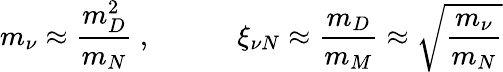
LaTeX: m_{\nu}\approx\frac{m_{D}^{2}}{m_{N}}\ ,\qquad\quad\xi_{\nu N}\approx\frac{m_{D}}{m_{M}}\approx\sqrt{\frac{m_{\nu}}{m_{N}}}